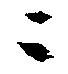
ニ